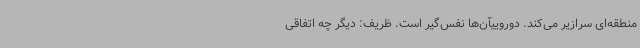
منطقه‌ای سرازیر می‌کند. دوروییآن‌ها نفس‌گیر است. ظریف: دیگر چه اتفاقی